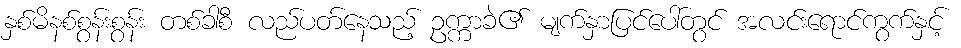
နှစ်မိနစ်စွန်းစွန်း တစ်ခါစီ လည်ပတ်နေသည့် ဥက္ကာခဲ၏ မျက်နှာပြင်ပေါ်တွင် အလင်းရောင်ကွက်နှင့်